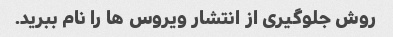
روش جلوگیری از انتشار ویروس ها را نام ببرید.